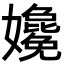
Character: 𡤎